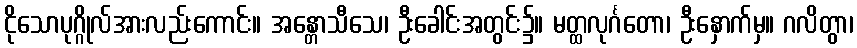
ငိုသောပုဂ္ဂိုလ်အားလည်းကောင်း။ အန္တောသီသေ၊ ဦးခေါင်းအတွင်း၌။ မတ္ထလုင်္ဂတော၊ ဦးနှောက်မှ။ ဂလိတွာ၊